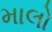
માલો